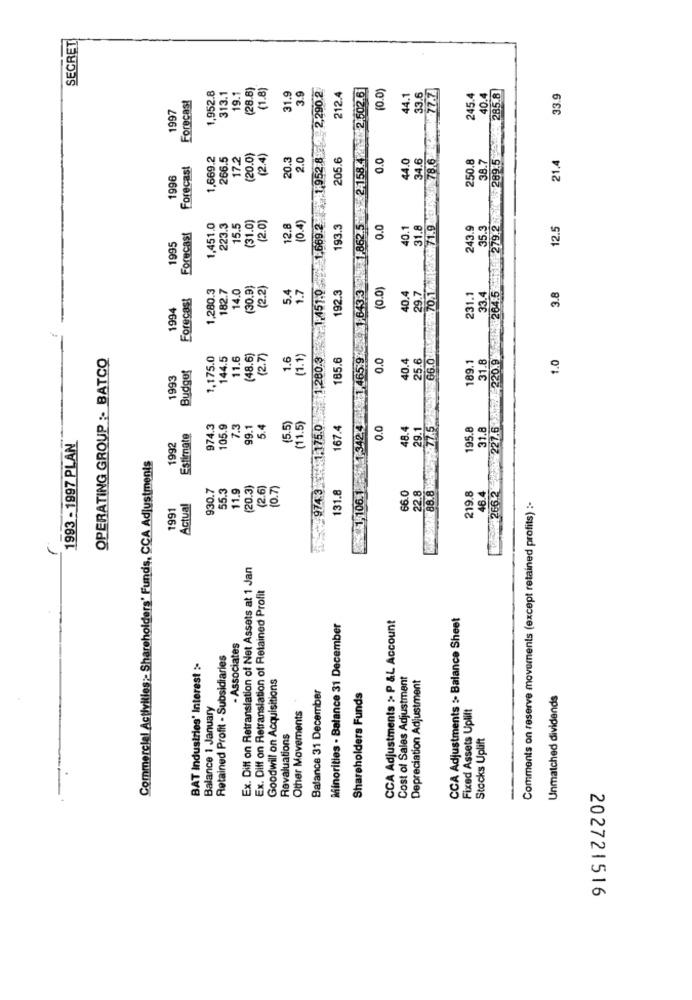
SECRET
(28.8)
(1.8)
974.3 1.175.0 1.280.3 1,451.0 1.669.2 1,952.8 2.290.2
1,3424 1,465.9 9 1,6433 1862.5 2.158 2.502.6
(0.0)
33.6
Forecast
1,952.8
313.1
19.1
31.9
3.9
212.4
44.1
245.4
40.4
279.2 289.5 285.8
33.9
1997
₭8 78.6 4
1,669.2
266.5
17.2
(20.0)
(2.4)
2.0
205.6
0.0
44.0
34.6
250.8
38.7
21.4
Forecast
20.3
1996
(31.0)
2.0)
(0.4)
1,451.0
223.3
15.5
12.8
193.3
0.0
40.1
31.8
70.1.1ksx+71.9
243.9
35.3
12.5
Forecast
1995
227.6 Am:5 220.9 : 1 264.5
1,280.3
182.7
14.0
(30.9)
(2.2)
1.7
192.3
3.8
Forecast
5.4
(0.0
40.4
29.7
231.1
33.4
994
66.0L
OPERATING GROUP :- BATCO
1,175.0
144.5
11.6
(48.6)
(2.7)
1.6
(1.1)
185.6
0.0
40.4
25.6
189.1
31.8
1.0
Budget
1993
(11.5)
974.3
105.9
7.3
99.1
5.4
(5.5)
167.4
0.0
48.4
29.1
195.8
31.8
Estimate
1993 - 1997 PLAN
1992
Commercial Activities :- Shareholders' Funds, CCA Adjustments
88.8
930.7
55.3
11.9
(20.3)
(2.6)
(0.7)
131.8
1,106.
66.0
22.8
219.8
46.4
1991
Actual
Comments on reserve movements (except retained profits) :-
Ex. Diff on Retranslation of Net Assets at 1 Jan
Ex. Diff on Retranslation of Retained Profit
CCA Adjustments > P &L Account
CCA Adjustments :- Balance Sheet
Minorities - Balance 31 December
- Associates
Retained Profit - Subsidiaries
BAT Industries' Interest :-
Goodwill on Acquisitions
Cost of Sales Adjustment
Depreciation Adjustment
Balance 31 December
Shareholders Funds
Unmatched dividends
Balance 1 January
Other Movements
Fixed Assets Uplift
Revaluations
Stocks Uplift
202721516